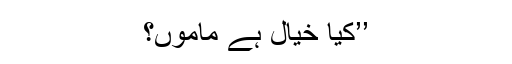
’’کیا خیال ہے ماموں؟